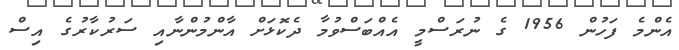
އެންމެ ފަހުން 1956 ގެ ނުރަސްމީ އެއްބަސްވުމާ ދެކޮޅަށް އާންމުންނާއި ސަރުކާރުގެ އިސް